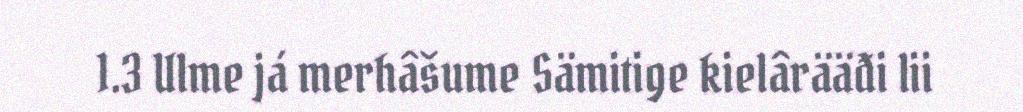
1.3 Ulme já merhâšume Sämitige kielârääđi lii